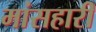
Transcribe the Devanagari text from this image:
मांसहारी